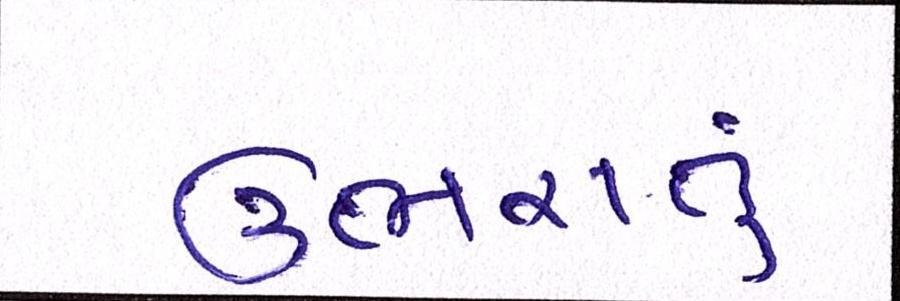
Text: ઉભરાતું